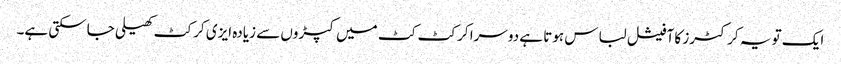
ایک تو یہ کرکٹرز کا آفیشل لباس ہوتا ہے دوسرا کرکٹ کٹ میں کپڑوں سے زیادہ ایزی کرکٹ کھیلی جاسکتی ہے۔